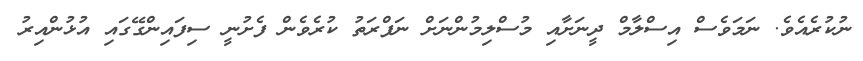
ނުކުރެއެވެ. ނަމަވެސް އިސްލާމް ދީނަށާއި މުސްލިމުންނަށް ނަފްރަތު ކުރެވެން ފެށުނީ ސިފައިންގޭގައި އުޅުންއިރު